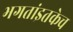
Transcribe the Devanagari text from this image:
भगतांइतकेच